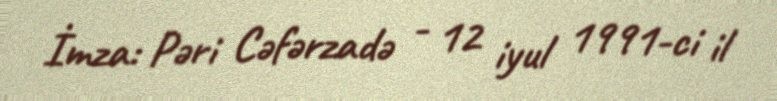
İmza: Pəri Cəfərzadə - 12 iyul 1991-ci il